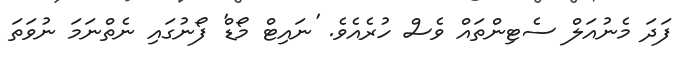
ފަދަ މެނުއަލް ސެޓިންތައް ވެސް ހުރެއެވެ. 'ނައިޓް މޯޑް' ފޯނުގައި ނެތްނަމަ ނުވަތަ